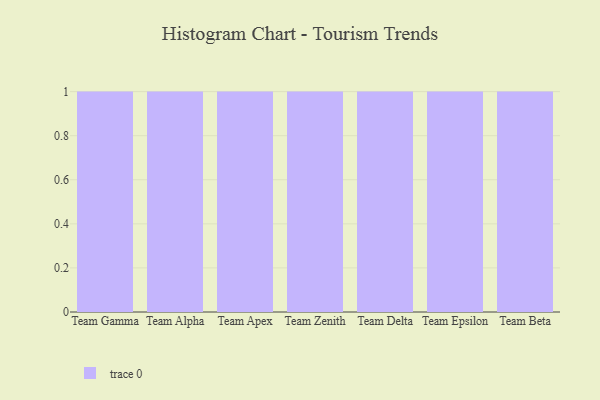
{"axis": {"x": "Team", "y": "Active Users"}, "legend": [""], "data": [{"x": "Team Gamma", "y": 87, "type": ""}, {"x": "Team Alpha", "y": 78, "type": ""}, {"x": "Team Apex", "y": 42, "type": ""}, {"x": "Team Zenith", "y": 52, "type": ""}, {"x": "Team Delta", "y": 67, "type": ""}, {"x": "Team Epsilon", "y": 4, "type": ""}, {"x": "Team Beta", "y": 41, "type": ""}]}